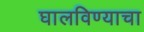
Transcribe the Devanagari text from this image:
घालविण्याचा